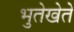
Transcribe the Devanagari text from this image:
भुतेखेते